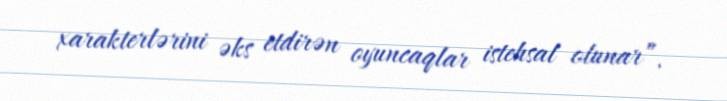
xarakterlərini əks etdirən oyuncaqlar istehsal olunar”.